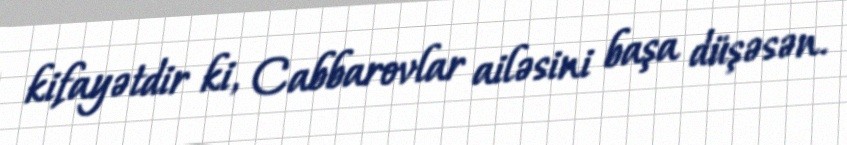
kifayətdir ki, Cabbarovlar ailəsini başa düşəsən.